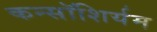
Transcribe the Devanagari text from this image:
कन्सॉशिर्यम